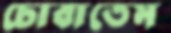
চোবাতেম